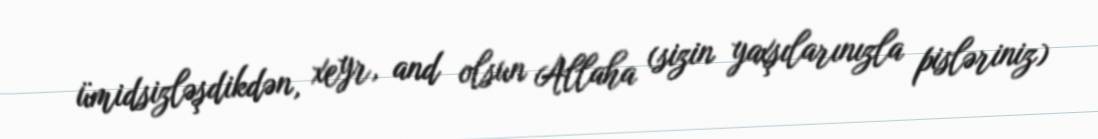
ümidsizləşdikdən, xeyr, and olsun Allaha (sizin yaxşılarınızla pisləriniz)